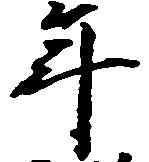
年